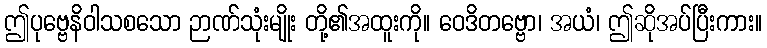
ဤပုဗ္ဗေနိဝါသစသော ဉာဏ်သုံးမျိုး တို့၏အထူးကို။ ဝေဒိတဗ္ဗော၊ အယံ၊ ဤဆိုအပ်ပြီးကား။